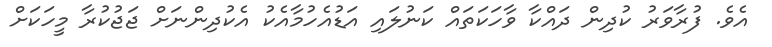
އެވެ. ފުރާވަރު ކުދިން ދައްކާ ވާހަކަތައް ކަނުލައި އަޑުއެހުމާއެކު އެކުދިންނަށް ޖަޖުކުރާ މީހަކަށް